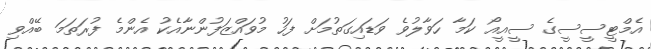
އެމްޓީސީސީގެ ސީއީއޯ ކަމާ ހަވާލުވެ ވަޑައިގަތުމަށް ފަހު މުވައްޒަފުންނާއެކު އެންމެ ފުރަތަމަ ބޭއްވި